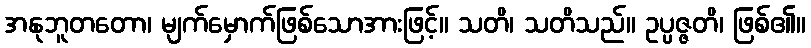
အနုဘူတတော၊ မျက်မှောက်ဖြစ်သောအားဖြင့်။ သတိ၊ သတိသည်။ ဥပ္ပဇ္ဇတိ၊ ဖြစ်၏။